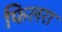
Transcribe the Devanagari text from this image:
फिलरा